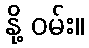
နို့ ဝမ်း။